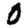
Digit: 0